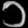
Digit: ၁